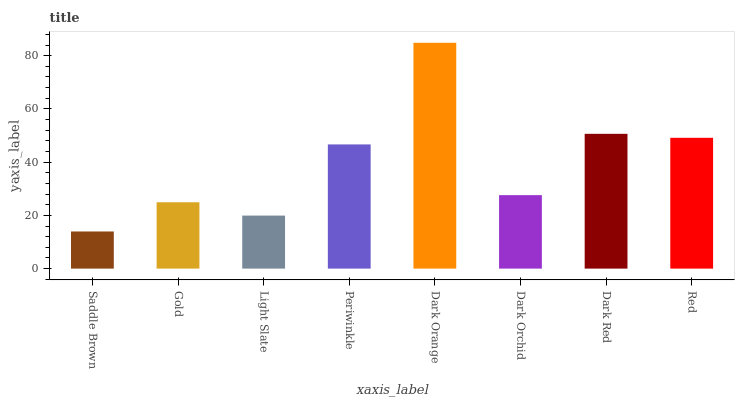
| xaxis_label | bars |
 | --- | --- |
 | Saddle Brown | 14 |
 | Gold | 24.9 |
 | Light Slate | 19.9 |
 | Periwinkle | 46.7 |
 | Dark Orange | 84.8 |
 | Dark Orchid | 27.6 |
 | Dark Red | 50.6 |
 | Red | 49.1 |